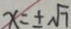
x = \pm \sqrt { 7 }